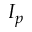
I _ { p }